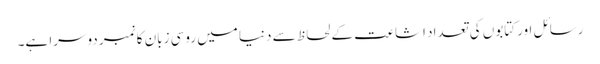
رسائل اور کتابوں کی تعداد اشاعت کے لحاظ سے دنیا میں روسی زبان کا نمبر دوسرا ہے۔